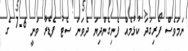
ނަމަވެސް ފޯރިގަދަ ކުޅުމެއް ފެނިގެންދިޔަ ދެވަނަ ސެޓު ފެޑެރާ ވަނީ 6-7 ގެ